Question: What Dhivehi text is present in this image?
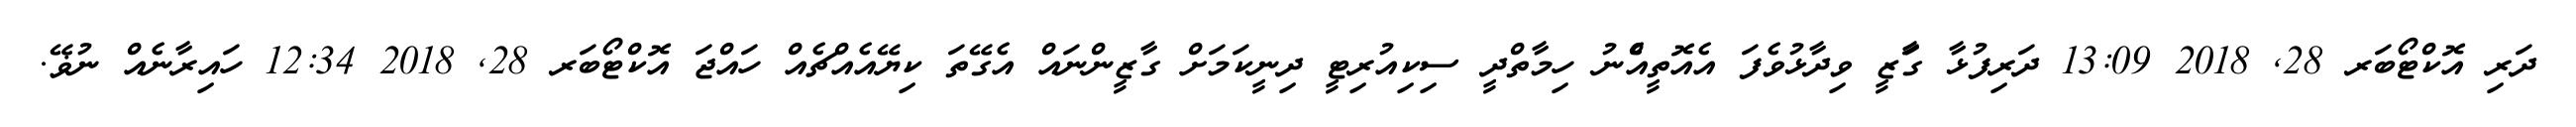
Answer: ދަރި އޮކްޓޯބަރ 28, 2018 13:09 ދަރިފުޅާ ގާަޒީ ވިދާޅުވެފަ އެއޮތީއެްނު ހިމާތްދީ ސިކިއުރިޓީ ދިނީކަމަށް ގާޒީންނައް އެގޭތަ ކިޔޭއެއްޗެއް ހައްޖަ އޮކްޓޯބަރ 28, 2018 12:34 ހައިރާނެއް ނުޥޭ.